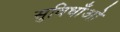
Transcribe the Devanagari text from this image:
सुविधाँओ